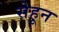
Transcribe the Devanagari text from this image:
सेहून